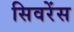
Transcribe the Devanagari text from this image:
सिवरेंस